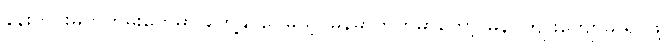
နန်းတွင်းမှတ်တမ်းတွေမှာ တွေ့နိုင်ပေမယ့် မြန်မာဘက်မှာတော့ မွန်ဂိုကျူးကျော်မှု ရပ်ဖို့